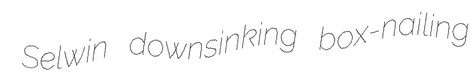
Selwin downsinking box-nailing